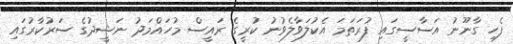
ފެހި ގާނޫނު އަސާސީގައި ފުރަތަމަ އެކުލަވާލެވުނު ކުރީގެ ރައީސް މުހައްމަދު ނަޝީދުގެ ސަރުކާރުގައި